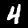
Digit: 4